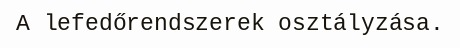
A lefedőrendszerek osztályzása.